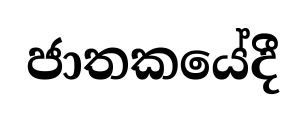
ජාතකයේදී